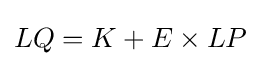
LQ=K+E\times LP